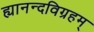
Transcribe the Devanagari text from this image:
ह्यानन्दविग्रहम्